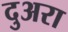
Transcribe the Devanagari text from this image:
दुअरा